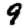
Digit: 9